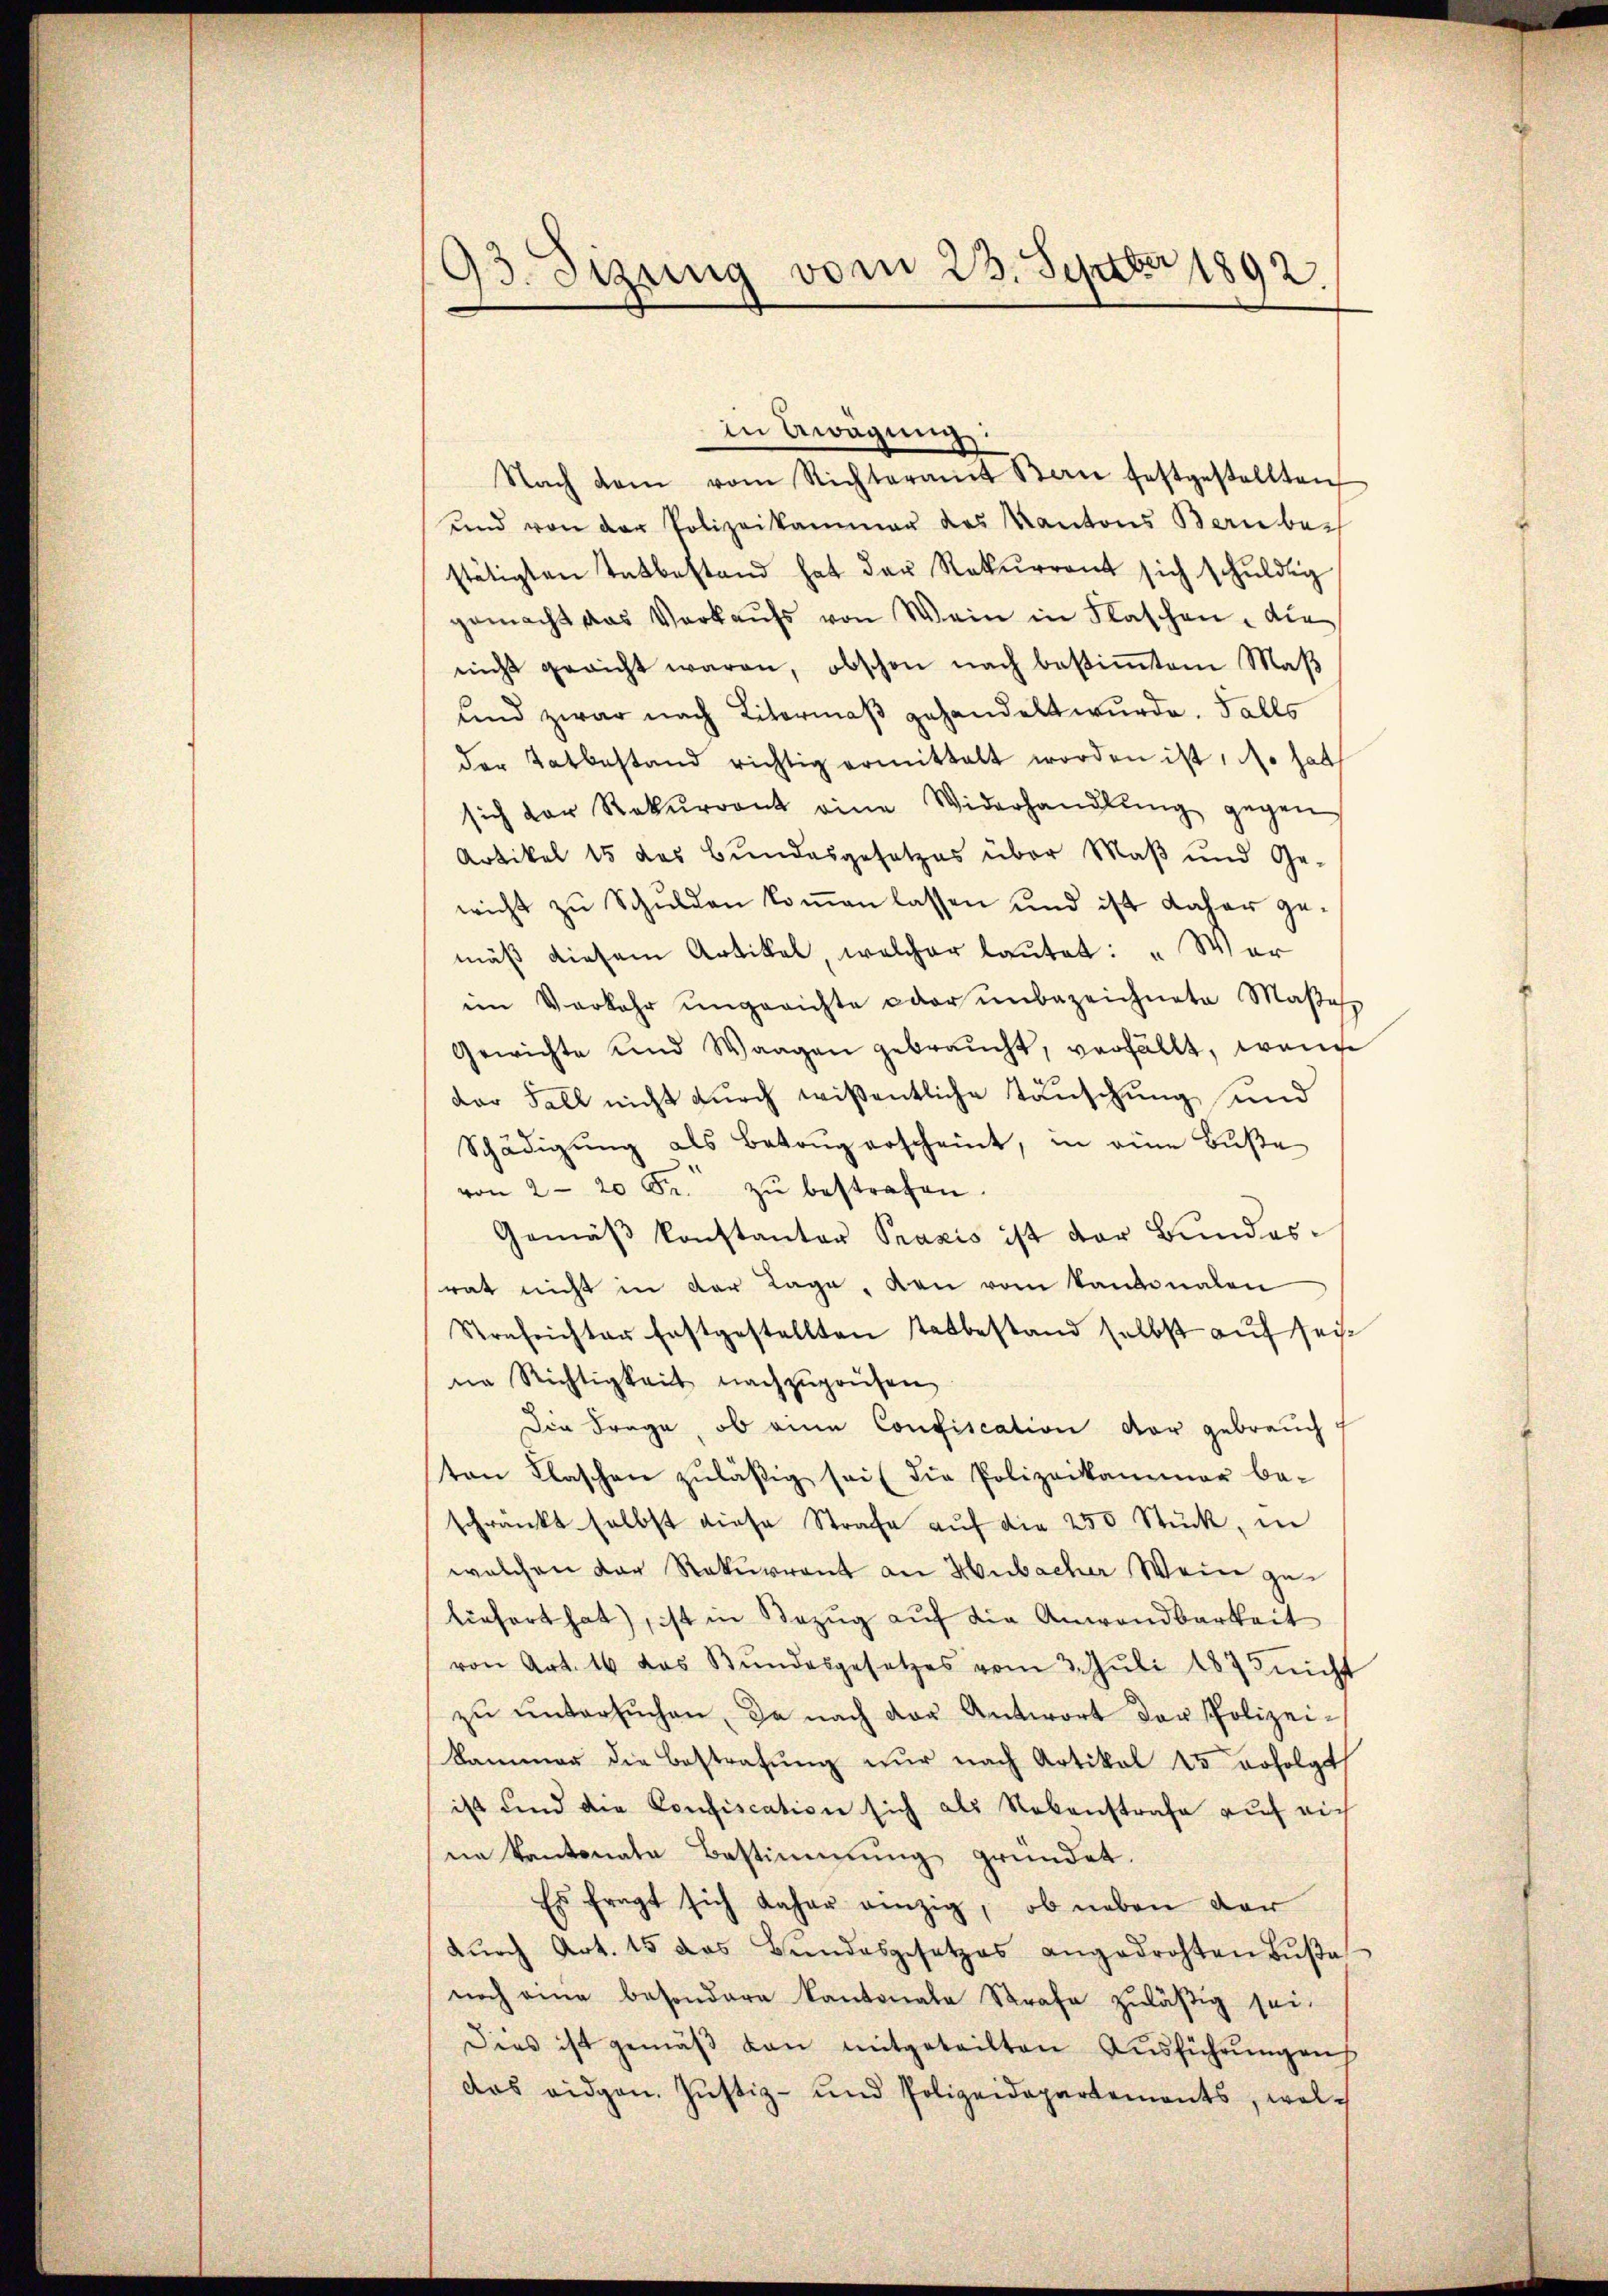
93. Sizung vom 23. Septbr 1892.

in Erwägung.
Nach dem vom Richteramt Bern festgestellten
und von der Polizeikammer des Kantons Bernber
stätigten Tatbestand hat der Rekurrent sich schuldig
gemacht das Verkaŭfs von Wein in Flaschen, die
nicht gericht waren, obschon nach bestimmtem Maß
und zwar nach Litermaß gehandelt wurde. Falls
der Tatbestand richtig ermittalt worden ist, do hat
sich vor Rekurrent eine Widerhandlŭng gegen
Artikel 15 das Bundesgesetzes über Maβ und Ge-
wicht zŭ Schulden koṁen lassen und ist daher gemäß diesem Artikel, welcher lautet: „War
im Verkehr ungerichte oder unbezeichnete Maßes
Gewichte und Waagen gebraucht, verfällt, wenn
der Fall nicht durch wissentliche Täuschung und
Schädigŭng als Batang erscheint, in eine Bŭβe
von 2-20 Fr. zŭ bestrafen.
Gemäβ konstantor Praxis ist der Bundesrat nicht in der Lage, den vom Kantonalen
Strafrichter festgestellten Tatbestand selbst auf seine Richtigkeit nachzuprüfen
Die Frage, ob eine Confiscation der gebrauch f
ten Flaschen zuläßig sei (die Polizeikammer be-
schränkt selbst diese Strafe aŭf die 250 Stück, in
welchen der Rekurrent an Hubacher Wein zu
liefert hat), ist in Bezug auf die Anwendbarkeit
von Art. 16 das Bŭndesgesetzes vom 3. Jŭli 1873 nicht
zŭ ŭntersŭchen, da nach der Antwort der Polizei-
kammer die Bestrafung nur nach Artikel 15 erfolgt
ist und die Confiscation sich als Nebenstrafe auf mich
ne Kantonate Bestimmung gründet.
Es fragt sich daher einzig, ob neben der
dŭrch Art. 15 das Bŭndesgesetzes angedrohten Bŭβa
noch eine besondere Kantonale Strafe zuläßig sei.
Dies ist gemäβ von mitgeteilten Ausführung auch
das eidgen. Justiz- und Polizeidepartements, welch